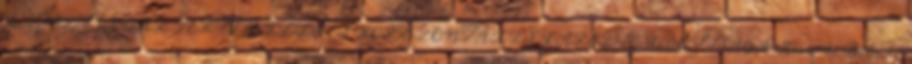
KARSZTJÁNAK VERTIKÁLIS ÉS HORIZONTÁLIS KARSZTOSODOTTSÁGA Hernádi Béla 1 -